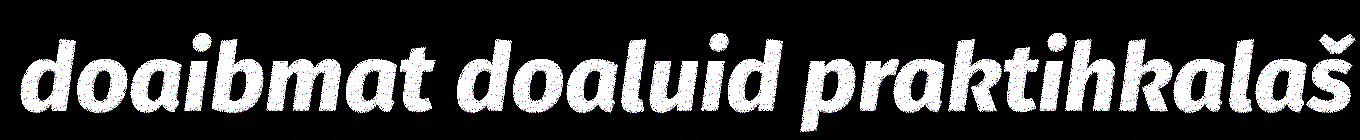
doaibmat doaluid praktihkalaš